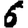
Digit: 6